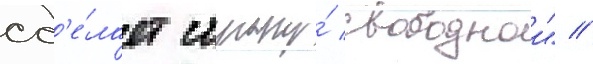
сд'е́лает страну́ свободнои" //